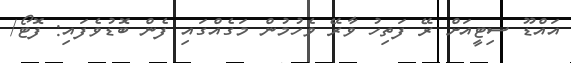
އައްޑޫ ސިޓީއަށް ރޭ ފަތިހު ވާރޭ ވެހުމުން މަގެއްގައި ފެން ބޮޑުވެފައި: ފޮޓޯ/